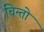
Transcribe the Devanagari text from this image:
चिन्तो